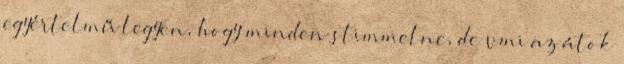
egyértelmű legyen, hogy minden stimmelne, de vmi az átok